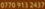
0770 913 2432